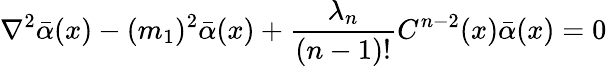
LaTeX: \nabla^{2}\bar{\alpha}(x)-(m_{1})^{2}\bar{\alpha}(x)+\frac{\lambda_{n}}{(n-1)!}C^{n-2}(x)\bar{\alpha}(x)=0